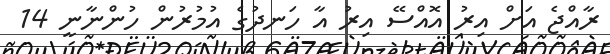
ރާއްޖެ އަށް އިރު އޮއްސޭ އިރު އާ ހަނދުގެ އުމުރުން ހުންނާނީ 14